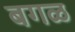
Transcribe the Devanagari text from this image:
बगळ